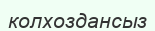
колхоздансыз